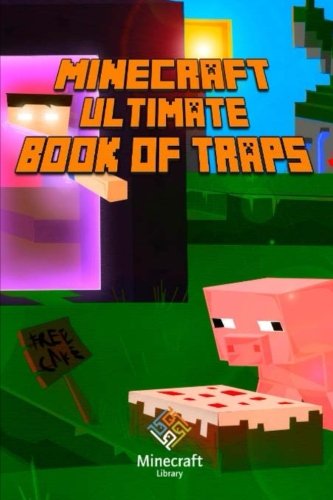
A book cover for Ultimate Book of Traps for Minecraft: Unbelievable Secrets and Ideas on how to Create and Avoid Traps You Couldn't Imagine Before! Works on Mobs and Players.; Minecraft Books; Humor & Entertainment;